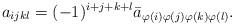
LaTeX: \begin{align*}a_{ijkl}=(-1)^{i+j+k+l}\bar{a}_{\varphi(i)\varphi(j)\varphi(k)\varphi(l)}. \end{align*}